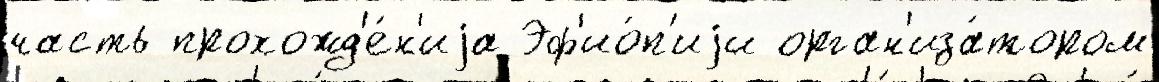
часть прохожд'е́н'иjа Эф'ио́п'иjи орган'иза́тором